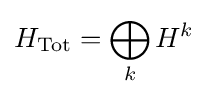
H_{\operatorname {Tot} }=\bigoplus _{k}H^{k}